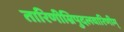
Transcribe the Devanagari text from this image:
तारिणीम्रिपुदलवारिणीम्